Vaccination in Bombay 1874-1876 - 1874-1876
Year: 1874
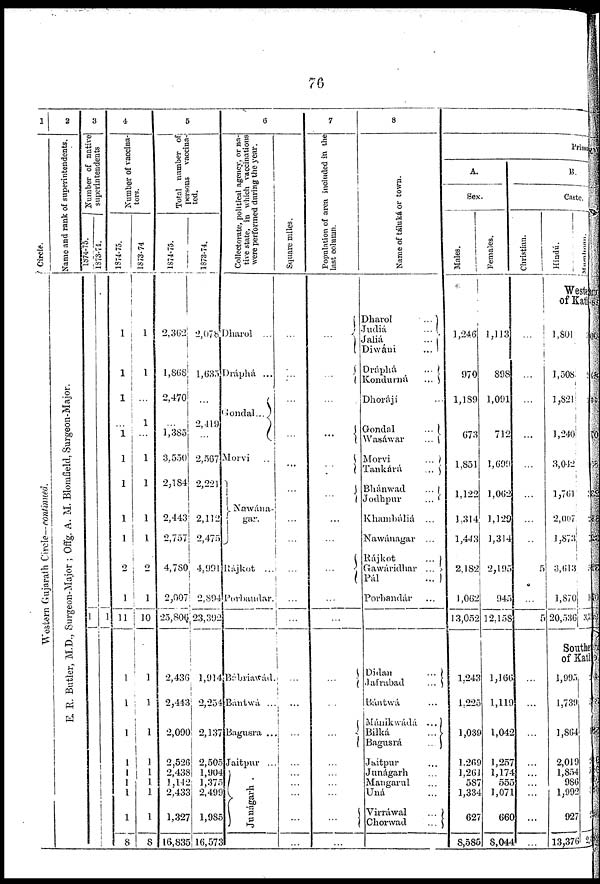
76
1
Circle.
Western Gujarath Circle—continued.
2
Name and rank of superintendents.
E. R. Butler, M.D., Surgeon-Major ; Offg. A. M. Blomfield, Surgeon-Major.
3
Number of native
superintendents
1874-75.
1
1873-74.
1
4
Number of vaccina-
tors.
1874-75.
1
1
1
...
1
1
1
1
1
2
1
11
1
1
1
1
1
1
1
1
8
1873-74
1
1
...
1
...
1
1
1
1
2
1
10
1
1
1
1
1
1
1
1
8
5
Total number of
persons vaccina-
ted.
1874-75.
2,362
1,868
2,470
...
1,385
3,550
2,184
2,443
2,757
4,780
2,007
25,806
2,436
2,443
2,090
2,526
2,438
1,142
2,433
1,327
16,835
1873-74.
2,078
1,635
...
2,419
...
2,567
2,221
2,112
2,475
4,991
2,894
23,392
1,914
2,254
2,137
2,505
1,904
1,375
2,499
1,985
16,573
6
Collectorate, political agency, or na-
tive state, in which vaccinations
were performed during the year.
Dharol ...
Dráphá ...
Gondal...
Morvi ...
Nawána¬
gar.
Rájkot ...
Porbandar.
Bábriawád.
Bántwá ...
Bagusra ...
Jaitpur ...
Junágarh .
Square miles.
...
...
...
...
...
...
...
...
...
...
...
...
...
...
...
...
...
...
...
7
Population of area included in the
last column.
...
...
...
...
...
...
...
...
...
...
...
...
...
...
...
...
...
...
...
...
8
Name of táluká or town.
Dharol
...
Judiá
...
Jaliá
...
Diwáni
...
Dráphá
...
Kondumá
...
Dhorájí ...
Gondal
...
Wasáwar
...
Morvi
...
Tankárá
...
Bhánwad
...
Jodhpur
...
Khambáliá ...
Nawánagar ...
Rájkot
...
Gawáridhar ...
Pál
...
Porbandár ...
Didan
...
Jafrabad
...
Bántwá ...
Mánikwádá ...
Bilká
...
Bagusrá
...
Jaitpur ...
Junágarh ...
Mangarnl ...
Uná ...
Virráwal
...
Chorwad
...
Primary
A.
Sex.
Males.
1,246
970
1,189
673
1,851
1,122
1,314
1,443
2,182
1,062
13,052
1,243
1,225
1,039
1,269
1,261
587
1,334
627
8,585
Females.
1,113
898
1,091
712
1,699
1,062
1,129
1,314
2,195
945
12,158
1,166
1,119
1,042
1,257
1,174
555
1,071
660
8,044
B.
Caste.
Christian.
...
...
...
...
...
...
...
...
5
...
5
...
...
...
...
...
...
...
...
...
Hindu.
Musalman.
Western
of Kat
1,801
1,508
1,821
1,240
3,042
1,761
2,007
1,873
3,613
1,870
20,536
3
2
2
3
1
7
5
10
3,39
Southern
of Kath
1,995
1,739
1,864
2,019
1,854
986
1,992
927
13,376
5
1
3
5
2
24